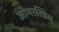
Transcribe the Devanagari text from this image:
जीगरस्प्रिस